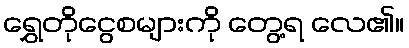
ရွှေတိုငွေစများကို တွေ့ရ လေ၏။